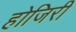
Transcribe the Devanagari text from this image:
होजिरी